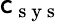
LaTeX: \mathsf{c}_{\mathrm{{~s~y~s~}}}